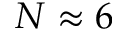
N \approx 6